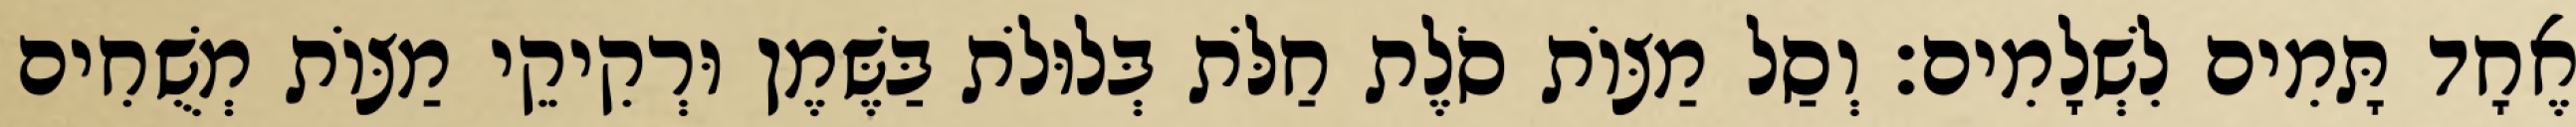
אֶחָד תָּמִים לִשְׁלָמִים׃ וְסַל מַצּוֹת סֹלֶת חַלֹּת בְּלוּלֹת בַּשֶּׁמֶן וּרְקִיקֵי מַצּוֹת מְשֻׁחִים